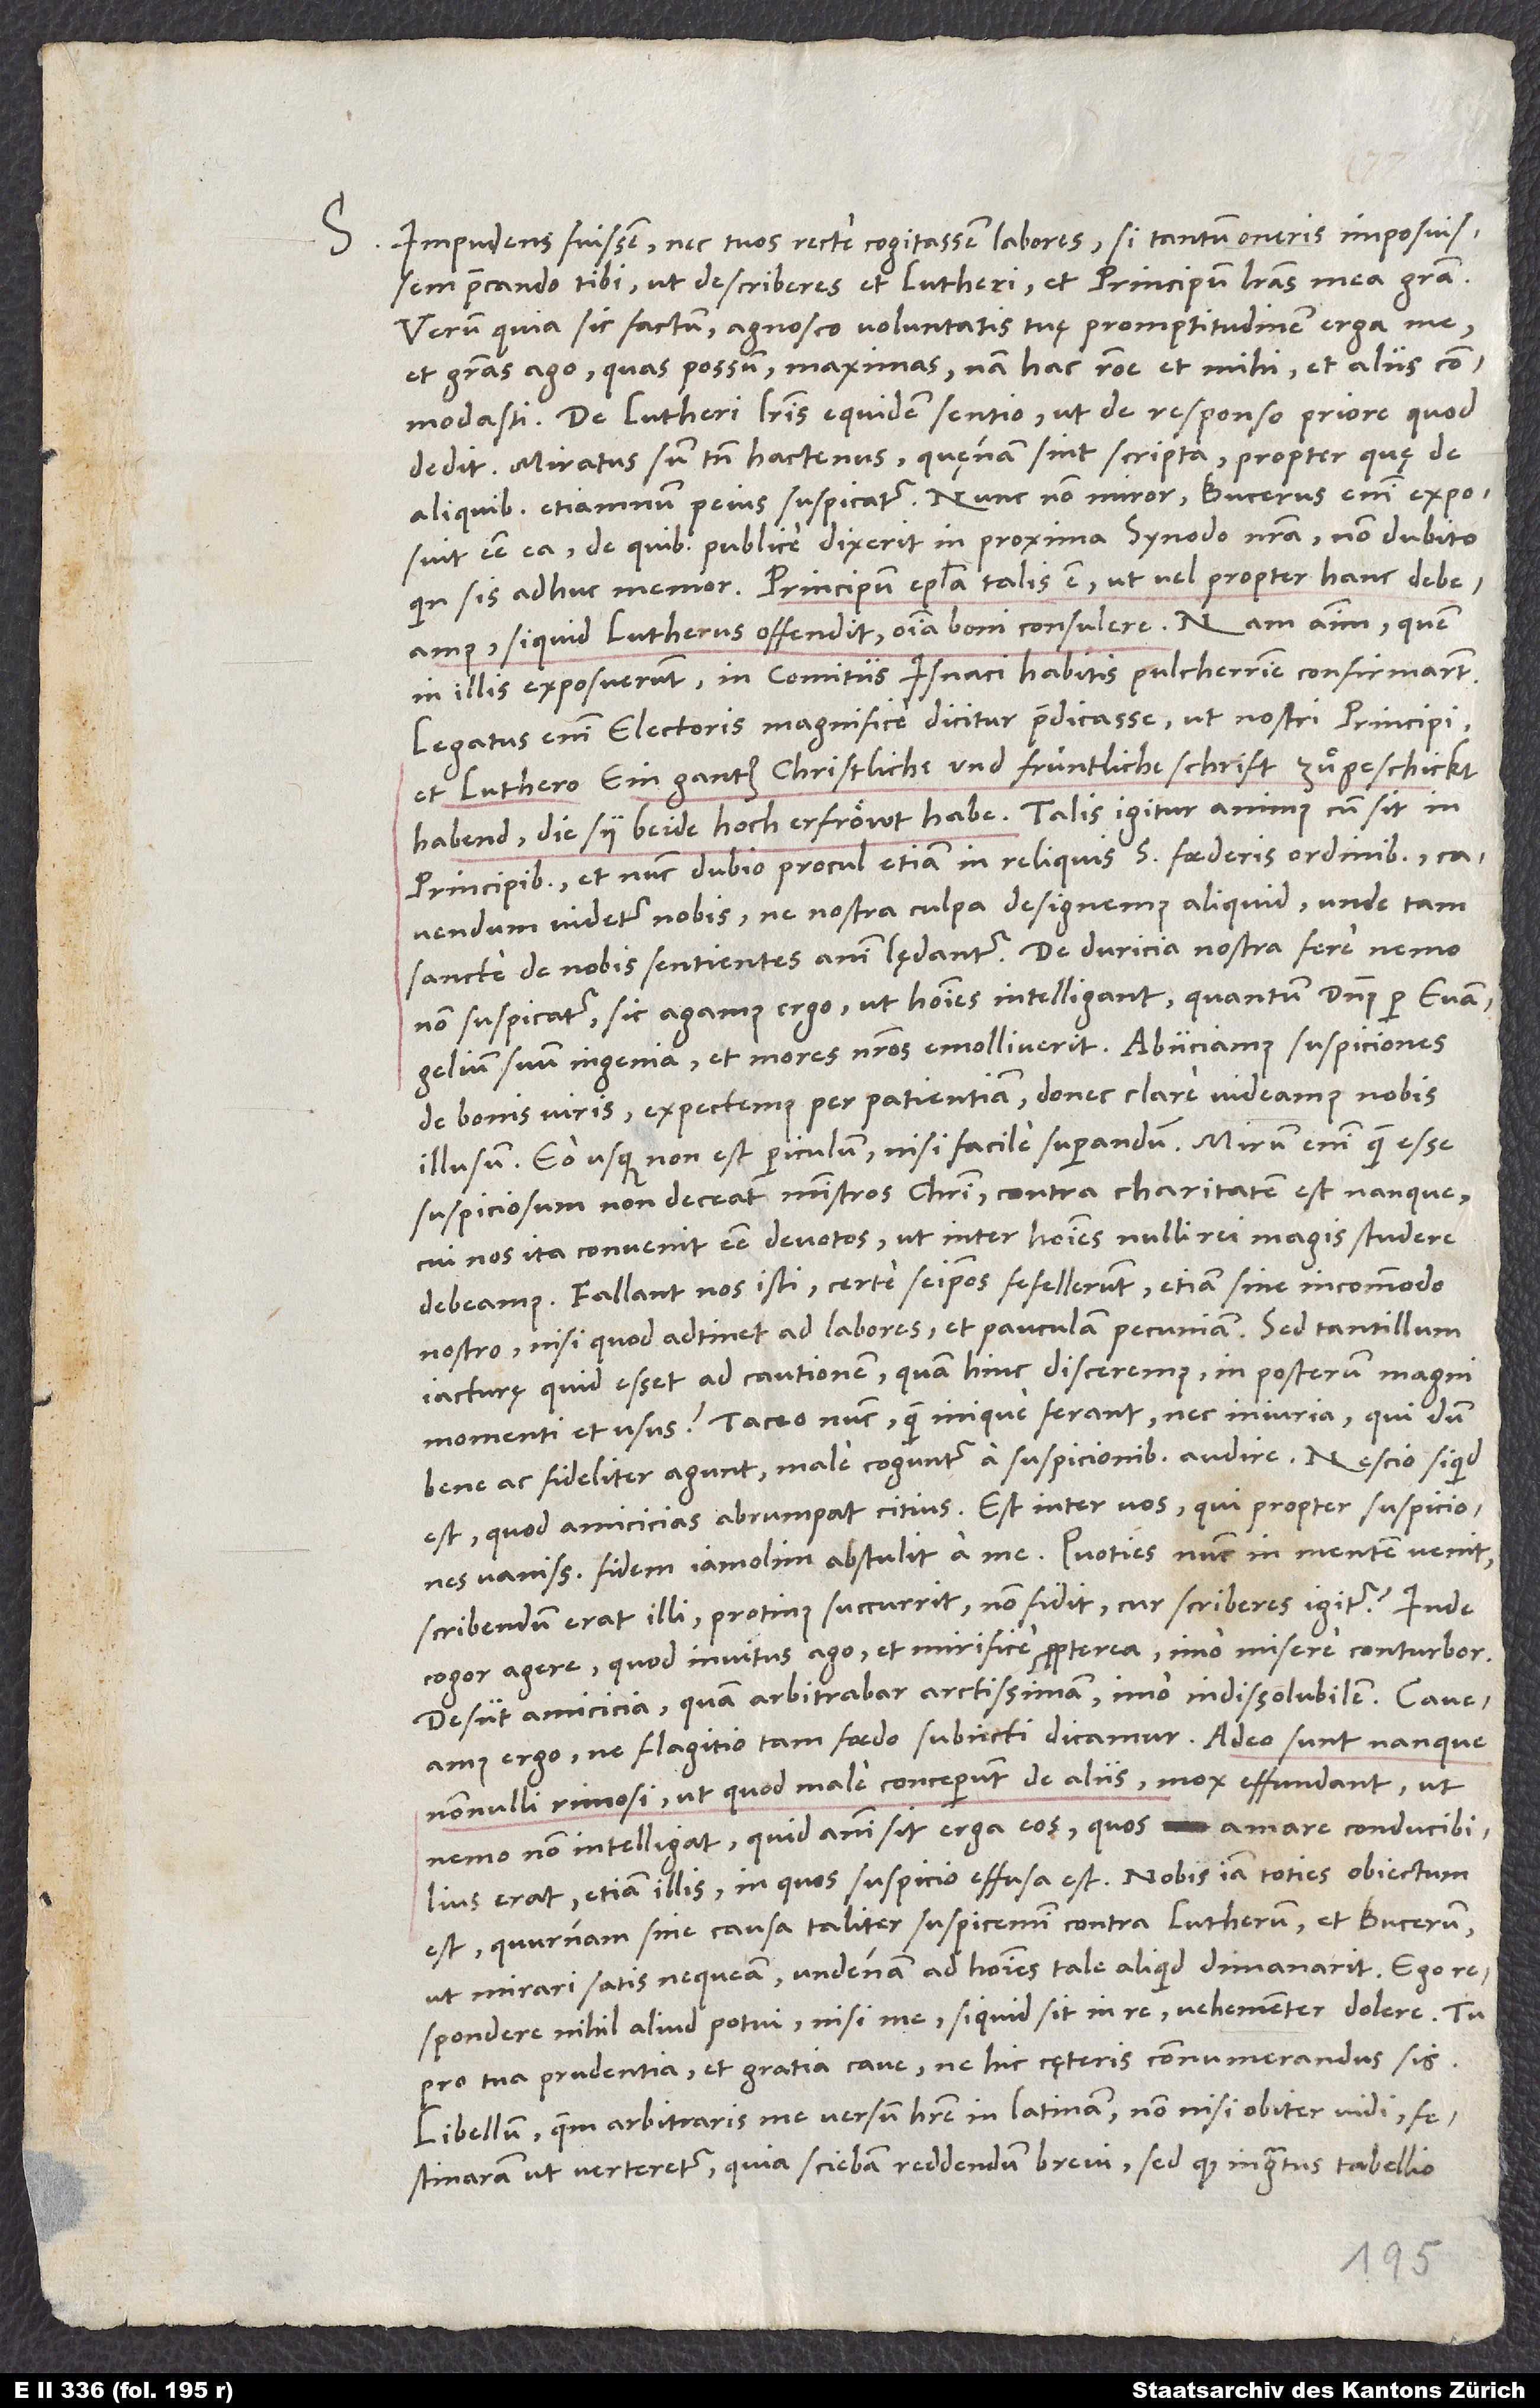
S. Impudens fuissem nec tuos certe cogitassem labores, si tantum oneris imposuissem
precando tibi, ut describeres et Lutheri et principum literas mea gratia.
et gratias ago, quas possum maximas; nam hac ratione et mihi et aliis commodasti.
De Lutheri literis equidem sentio ut de responso priore, quod
dedit. Miratus sum tamen hactenus, quęnam sint scripta, propter quę de
aliquibus etiamnum peius suspicatur. Nunc non miror; Bucerus enim exposuit
esse ea, de quibus publice dixerit in proxima synodo nostra; non dubito,
siquid Lutherus offendit, omnia boni consulere. Nam animum, quem
in illis exposuerunt, in comitiis Isnaci habitis pulcherrime confirmarunt.
ein gantz christliche und früntliche schrift zuͦgeschickt
habend, die sy beide hoch erfröwt habe. Talis igitur animus cum sit in
principibus et nunc dubio procul etiam in reliquis S foederis ordinibus,
cavendum videtur nobis, ne nostra culpa designemus aliquid, unde tam
sancte de nobis sentientes animi lędantur. De duricia nostra fere nemo
non suspicatur; sic agamus ergo, ut homines intelligant, quantum dominus per evangelium
suum ingenia et mores nostros emolliverit. Abiiciamus suspiciones
de bonis viris, expectemus per patientiam, donec clare videamus nobis
illusum. Eo usque non est periculum nisi facile superandum. Mirum enim, quam esse
suspiciosum non deceat ministros Christi; contra charitatem est nanque,
cui nos ita convenit esse devotos, ut inter homines nulli rei magis studere
Fallant nos isti; certe seipsos fefellerunt, etiam sine incommodo
nostro, nisi quod adtinet ad labores et pauculam pecuniam. Sed tantillum
iacturę quid esset ad cautionem, quam hinc disceremus, in posterum magni
momenti et usus? Taceo nunc, quam inique ferant, nec iniuria, qui, dum
bene ac fideliter agunt, male coguntur a suspicionibus audire. Nescio, si quid
est, quod amicicias abrumpat citius. Est inter vos, qui propter suspiciones
vanissimas fidem iam olim abstulit a me. Quoties nunc in mentem venit:
„Scribendum erat illi“, protinus succurrit: „Non fidet; cur scriberes igitur?“ Inde
cogor agere, quod invitus ago, et mirifice propterea, imo misere conturbor.
Desiit amicicia, quam arbitrabar arctissimam, imo indissolubilem.
ergo, ne flagitio tam foedo subiecti dicamur. Adeo sunt nanque
nonnulli rimosi, ut, quod male conceperunt de aliis, mox effundant, ut
nemo non intelligat, quid animi sit erga eos, quos amare conducibilius
erat etiam illis, in quos suspicio effusa est. Nobis iam toties obiectum
est, quurnam sine causa taliter suspicemini contra Lutherum et Bucerum,
ut mirari satis nequeam, undenam ad homines tale aliquid dimanarit. Ego
respondere nihil aliud potui nisi me, si quid sit in re, vehementer dolere. Tu
pro tua prudentia et gratia cave, ne hic cęteris connumerandus sis.
Libellum, quem arbitraris me versum habere in Latinam, non nisi obiter vidi.
Festinaram, ut verteretur, quia sciebam reddendum brevi; sed quod ingratus tabellio